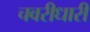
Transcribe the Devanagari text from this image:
चवरीधारी